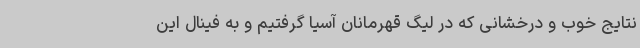
نتایج خوب و درخشانی که در لیگ قهرمانان آسیا گرفتیم و به فینال این